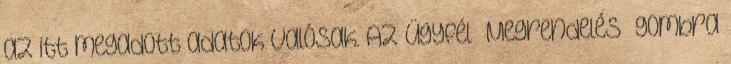
az itt megadott adatok valósak. Az Ügyfél “Megrendelés” gombra